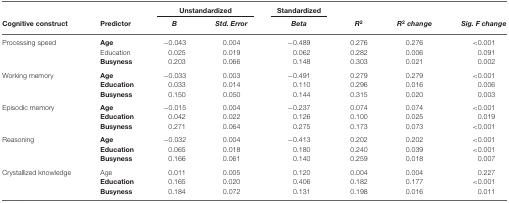
<table><thead><tr><td></td><td></td><td colspan="2"><b>Unstandardized</b></td><td><b>Standardized</b></td></tr><tr><td><b>Cognitive construct</b></td><td><b>Predictor</b></td><td><b><i>B</i></b></td><td><b><i>Std. Error</i></b></td><td><b><i>Beta</i></b></td><td><b><i>R<sup>2</sup></i></b></td><td><b><i>R<sup>2</sup></i> change</b></td><td><b><i>Sig. F change</i></b></td></tr></thead><tbody><tr><td>Processing speed</td><td><b>Age</b></td><td>−0.043</td><td>0.004</td><td>−0.489</td><td>0.276</td><td>0.276</td><td>&lt;0.001</td></tr><tr><td></td><td>Education</td><td>0.025</td><td>0.019</td><td>0.062</td><td>0.282</td><td>0.006</td><td>0.091</td></tr><tr><td></td><td><b>Busyness</b></td><td>0.203</td><td>0.066</td><td>0.148</td><td>0.303</td><td>0.021</td><td>0.002</td></tr><tr><td>Working memory</td><td><b>Age</b></td><td>−0.033</td><td>0.003</td><td>−0.491</td><td>0.279</td><td>0.279</td><td>&lt;0.001</td></tr><tr><td></td><td><b>Education</b></td><td>0.033</td><td>0.014</td><td>0.110</td><td>0.296</td><td>0.016</td><td>0.006</td></tr><tr><td></td><td><b>Busyness</b></td><td>0.150</td><td>0.050</td><td>0.144</td><td>0.315</td><td>0.020</td><td>0.003</td></tr><tr><td>Episodic memory</td><td><b>Age</b></td><td>−0.015</td><td>0.004</td><td>−0.237</td><td>0.074</td><td>0.074</td><td>&lt;0.001</td></tr><tr><td></td><td><b>Education</b></td><td>0.042</td><td>0.022</td><td>0.126</td><td>0.100</td><td>0.025</td><td>0.019</td></tr><tr><td></td><td><b>Busyness</b></td><td>0.271</td><td>0.064</td><td>0.275</td><td>0.173</td><td>0.073</td><td>&lt;0.001</td></tr><tr><td>Reasoning</td><td><b>Age</b></td><td>−0.032</td><td>0.004</td><td>−0.413</td><td>0.202</td><td>0.202</td><td>&lt;0.001</td></tr><tr><td></td><td><b>Education</b></td><td>0.065</td><td>0.018</td><td>0.180</td><td>0.240</td><td>0.039</td><td>&lt;0.001</td></tr><tr><td></td><td><b>Busyness</b></td><td>0.166</td><td>0.061</td><td>0.140</td><td>0.259</td><td>0.018</td><td>0.007</td></tr><tr><td>Crystallized knowledge</td><td>Age</td><td>0.011</td><td>0.005</td><td>0.120</td><td>0.004</td><td>0.004</td><td>0.227</td></tr><tr><td></td><td><b>Education</b></td><td>0.165</td><td>0.020</td><td>0.406</td><td>0.182</td><td>0.177</td><td>&lt;0.001</td></tr><tr><td></td><td><b>Busyness</b></td><td>0.184</td><td>0.072</td><td>0.131</td><td>0.198</td><td>0.016</td><td>0.011</td></tr></tbody></table>